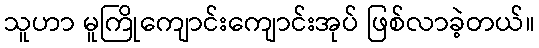
သူဟာ မူကြိုကျောင်းကျောင်းအုပ် ဖြစ်လာခဲ့တယ်။